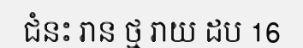
ជំនះ រាន ថ្ម រាយ ដប 16